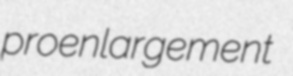
proenlargement